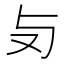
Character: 𠬣